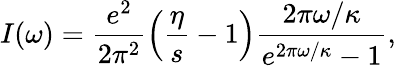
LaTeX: I(\omega)=\frac{e^{2}}{2\pi^{2}}\left(\frac{\eta}{s}-1\right)\frac{2\pi\omega/\kappa}{e^{2\pi\omega/\kappa}-1},